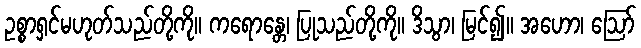
ဥစ္စာရှင်မဟုတ်သည်တို့ကို။ ကရောန္တေ၊ ပြုသည်တို့ကို။ ဒိသွာ၊ မြင်၍။ အဟော၊ ဩော်